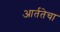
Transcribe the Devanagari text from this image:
आर्ततेचा